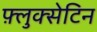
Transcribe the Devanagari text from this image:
फ़्लुक्सेटिन